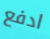
ادفع